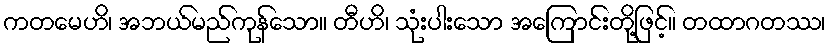
ကတမေဟိ၊ အဘယ်မည်ကုန်သော။ တီဟိ၊ သုံးပါးသော အကြောင်းတို့ဖြင့်။ တထာဂတဿ၊